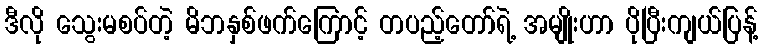
ဒီလို သွေးမစပ်တဲ့ မိဘနှစ်ဖက်ကြောင့် တပည့်တော်ရဲ့ အမျိုးဟာ ပိုပြီးကျယ်ပြန့်